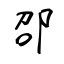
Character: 邵